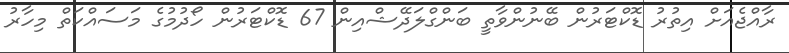
ރާއްޖެއަށް އިތުރު ޑޮކްޓަރުން ބޭނުންވާތީ ބަންގްލަދޭޝްއިން 67 ޑޮކްޓަރުން ހޯދުމުގެ މަސައްކަތް މިހާރު